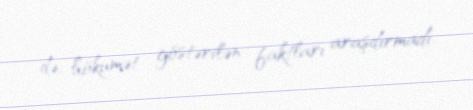
də, hökumət göstərilən faktları araşdırmadı.